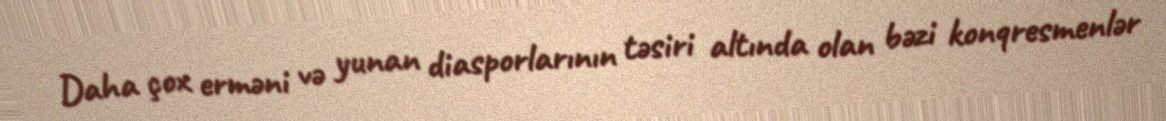
Daha çox erməni və yunan diasporlarının təsiri altında olan bəzi konqresmenlər